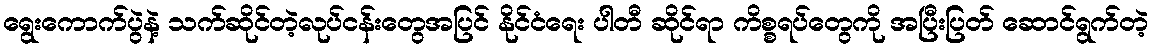
ရွေးကောက်ပွဲနဲ့ သက်ဆိုင်တဲ့လုပ်ငန်းတွေအပြင် နိုင်ငံရေး ပါတီ ဆိုင်ရာ ကိစ္စရပ်တွေကို အပြီးပြတ် ဆောင်ရွက်တဲ့